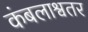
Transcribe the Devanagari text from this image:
कंबलाश्वतर